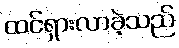
ထင်ရှားလာခဲ့သည်